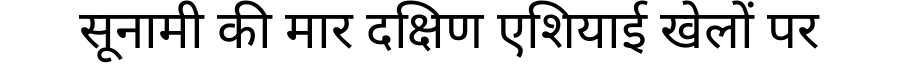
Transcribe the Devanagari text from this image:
सूनामी की मार दक्षिण एशियाई खेलों पर